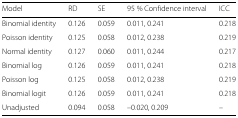
<table><thead><tr><td><b>Model</b></td><td><b>RD</b></td><td><b>SE</b></td><td><b>95 % Confidence interval</b></td><td><b>ICC</b></td></tr></thead><tbody><tr><td>Binomial identity</td><td>0.126</td><td>0.059</td><td>0.011, 0.241</td><td>0.218</td></tr><tr><td>Poisson identity</td><td>0.125</td><td>0.058</td><td>0.012, 0.238</td><td>0.219</td></tr><tr><td>Normal identity</td><td>0.127</td><td>0.060</td><td>0.011, 0.244</td><td>0.217</td></tr><tr><td>Binomial log</td><td>0.126</td><td>0.059</td><td>0.011, 0.241</td><td>0.218</td></tr><tr><td>Poisson log</td><td>0.125</td><td>0.058</td><td>0.012, 0.238</td><td>0.219</td></tr><tr><td>Binomial logit</td><td>0.126</td><td>0.059</td><td>0.011, 0.241</td><td>0.218</td></tr><tr><td>Unadjusted</td><td>0.094</td><td>0.058</td><td>–0.020, 0.209</td><td>–</td></tr></tbody></table>